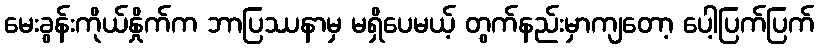
မေးခွန်းကိုယ်နှိုက်က ဘာပြဿနာမှ မရှိပေမယ့် တွက်နည်းမှာကျတော့ ပေါ့ပြက်ပြက်